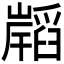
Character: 𭗧